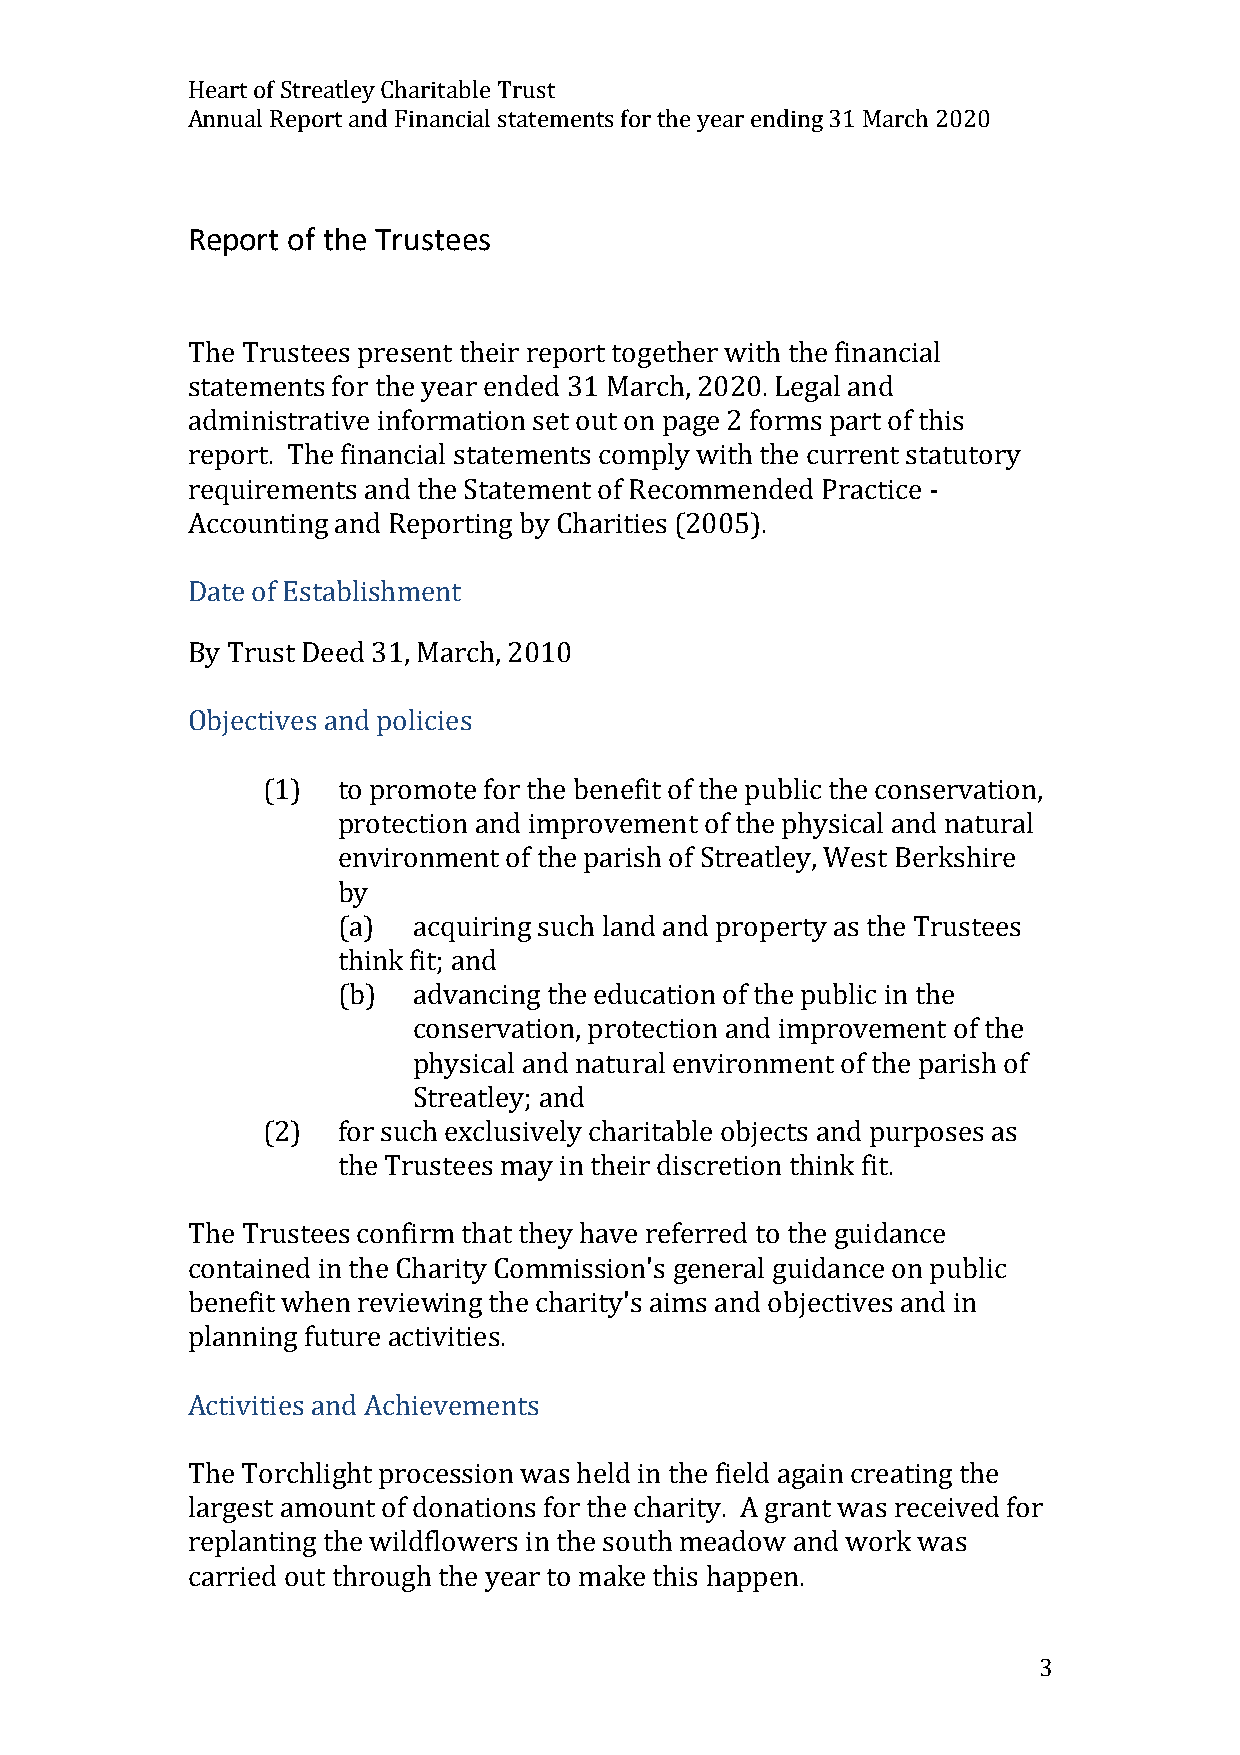
Heart of Streatley Charitable Trust
 Annual Report and Financial statements for the year ending 31 March 2020
 Report of the Trustees
 The Trustees present their report together with the financial
 statements for the year ended 31 March, 2020. Legal and
 administrative information set out on page 2 forms part of this
 report. The financial statements comply with the current statutory
 requirements and the Statement of Recommended Practice -
 Accounting and Reporting by Charities (2005).
 Date of Establishment
 By Trust Deed 31, March, 2010
 Objectives and policies
 (1)  to promote for the benefit of the public the conservation,
 protection and improvement of the physical and natural
 environment of the parish of Streatley, West Berkshire
 by
 (a)  acquiring such land and property as the Trustees
 think fit; and
 (b)  advancing the education of the public in the
 conservation, protection and improvement of the
 physical and natural environment of the parish of
 Streatley; and
 (2)  for such exclusively charitable objects and purposes as
 the Trustees may in their discretion think fit.
 The Trustees confirm that they have referred to the guidance
 contained in the Charity Commission's general guidance on public
 benefit when reviewing the charity's aims and objectives and in
 planning future activities.
 Activities and Achievements
 The Torchlight procession was held in the field again creating the
 largest amount of donations for the charity. A grant was received for
 replanting the wildflowers in the south meadow and work was
 carried out through the year to make this happen.
 3